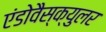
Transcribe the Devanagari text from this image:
एंडोवैस्क्युलर